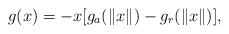
LaTeX: \begin{align*} g(x)=-x[g_{a}(\Vert x\Vert )-g_{r}(\Vert x\Vert )],\end{align*}